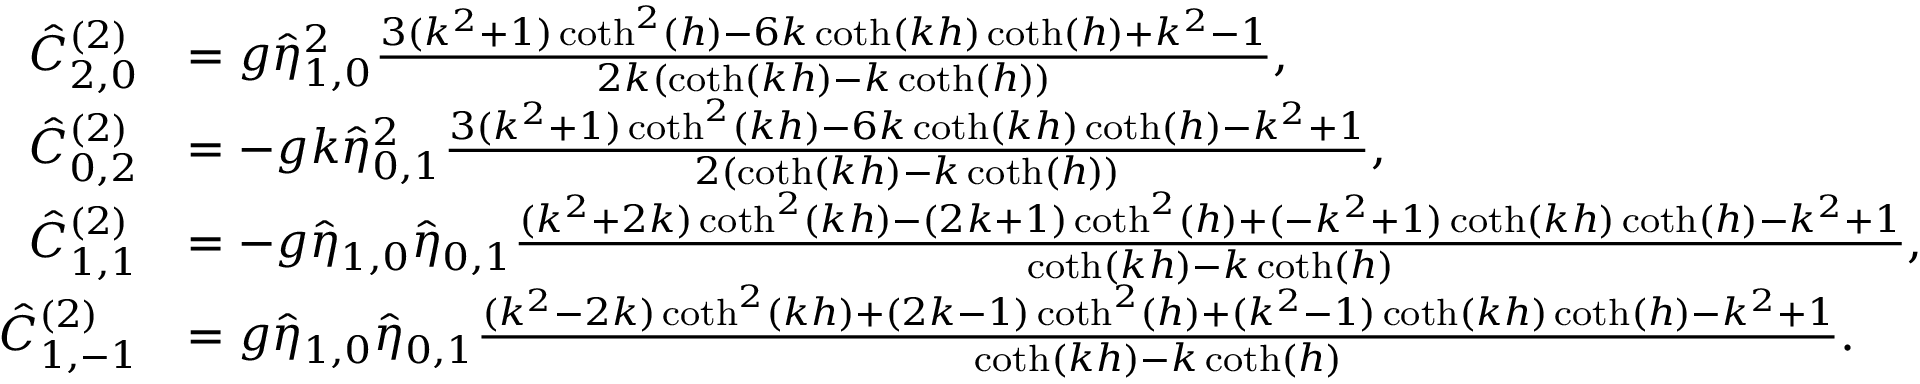
\begin{array} { r l } { \hat { C } _ { 2 , 0 } ^ { ( 2 ) } } & { = g \hat { \eta } _ { 1 , 0 } ^ { 2 } \frac { 3 ( k ^ { 2 } + 1 ) \coth ^ { 2 } ( h ) - 6 k \coth ( k h ) \coth ( h ) + k ^ { 2 } - 1 } { 2 k ( \coth ( k h ) - k \coth ( h ) ) } , } \\ { \hat { C } _ { 0 , 2 } ^ { ( 2 ) } } & { = - g k \hat { \eta } _ { 0 , 1 } ^ { 2 } \frac { 3 ( k ^ { 2 } + 1 ) \coth ^ { 2 } ( k h ) - 6 k \coth ( k h ) \coth ( h ) - k ^ { 2 } + 1 } { 2 ( \coth ( k h ) - k \coth ( h ) ) } , } \\ { \hat { C } _ { 1 , 1 } ^ { ( 2 ) } } & { = - g \hat { \eta } _ { 1 , 0 } \hat { \eta } _ { 0 , 1 } \frac { ( k ^ { 2 } + 2 k ) \coth ^ { 2 } ( k h ) - ( 2 k + 1 ) \coth ^ { 2 } ( h ) + ( - k ^ { 2 } + 1 ) \coth ( k h ) \coth ( h ) - k ^ { 2 } + 1 } { \coth ( k h ) - k \coth ( h ) } , } \\ { \hat { C } _ { 1 , - 1 } ^ { ( 2 ) } } & { = g \hat { \eta } _ { 1 , 0 } \hat { \eta } _ { 0 , 1 } \frac { ( k ^ { 2 } - 2 k ) \coth ^ { 2 } ( k h ) + ( 2 k - 1 ) \coth ^ { 2 } ( h ) + ( k ^ { 2 } - 1 ) \coth ( k h ) \coth ( h ) - k ^ { 2 } + 1 } { \coth ( k h ) - k \coth ( h ) } . } \end{array}